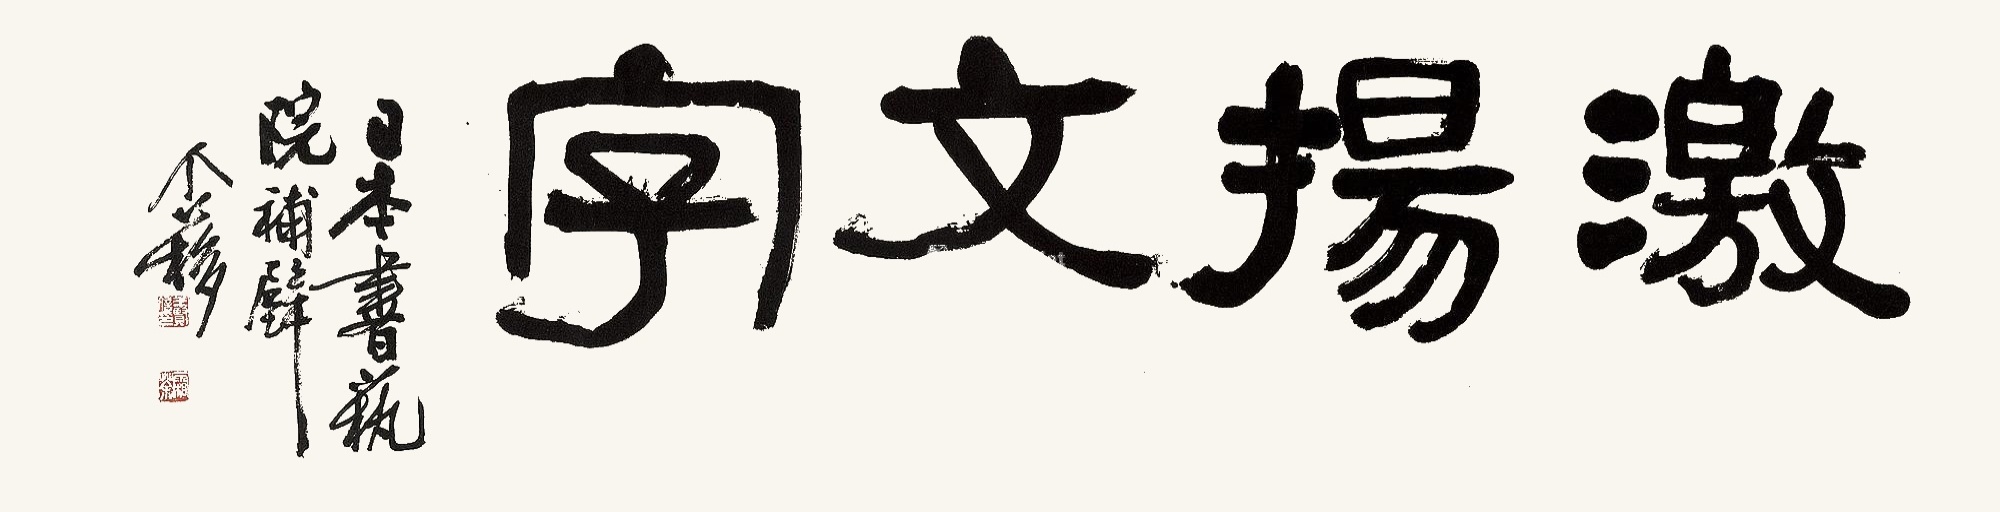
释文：激扬文字。日本书艺院补壁，个簃